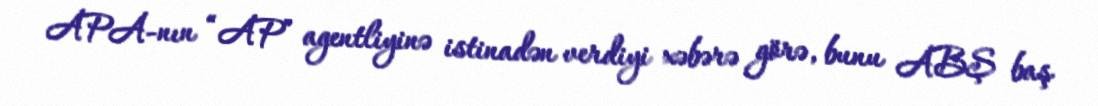
APA-nın “AP” agentliyinə istinadən verdiyi xəbərə görə, bunu ABŞ baş